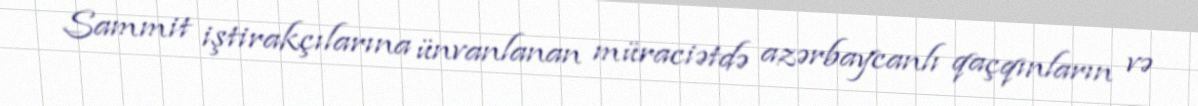
Sammit iştirakçılarına ünvanlanan müraciətdə azərbaycanlı qaçqınların və